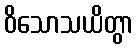
ဝိသောသယိတွာ